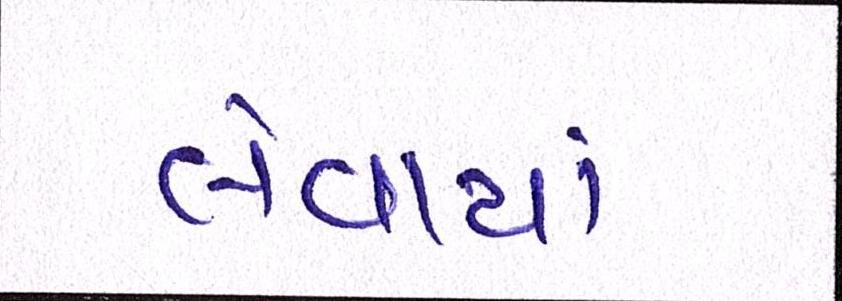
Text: લેવાયાં